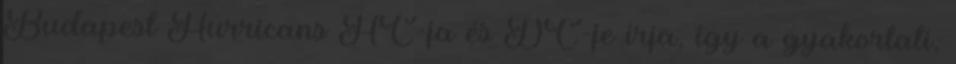
Budapest Hurricans HC-ja és DC-je írja, így a gyakorlati,